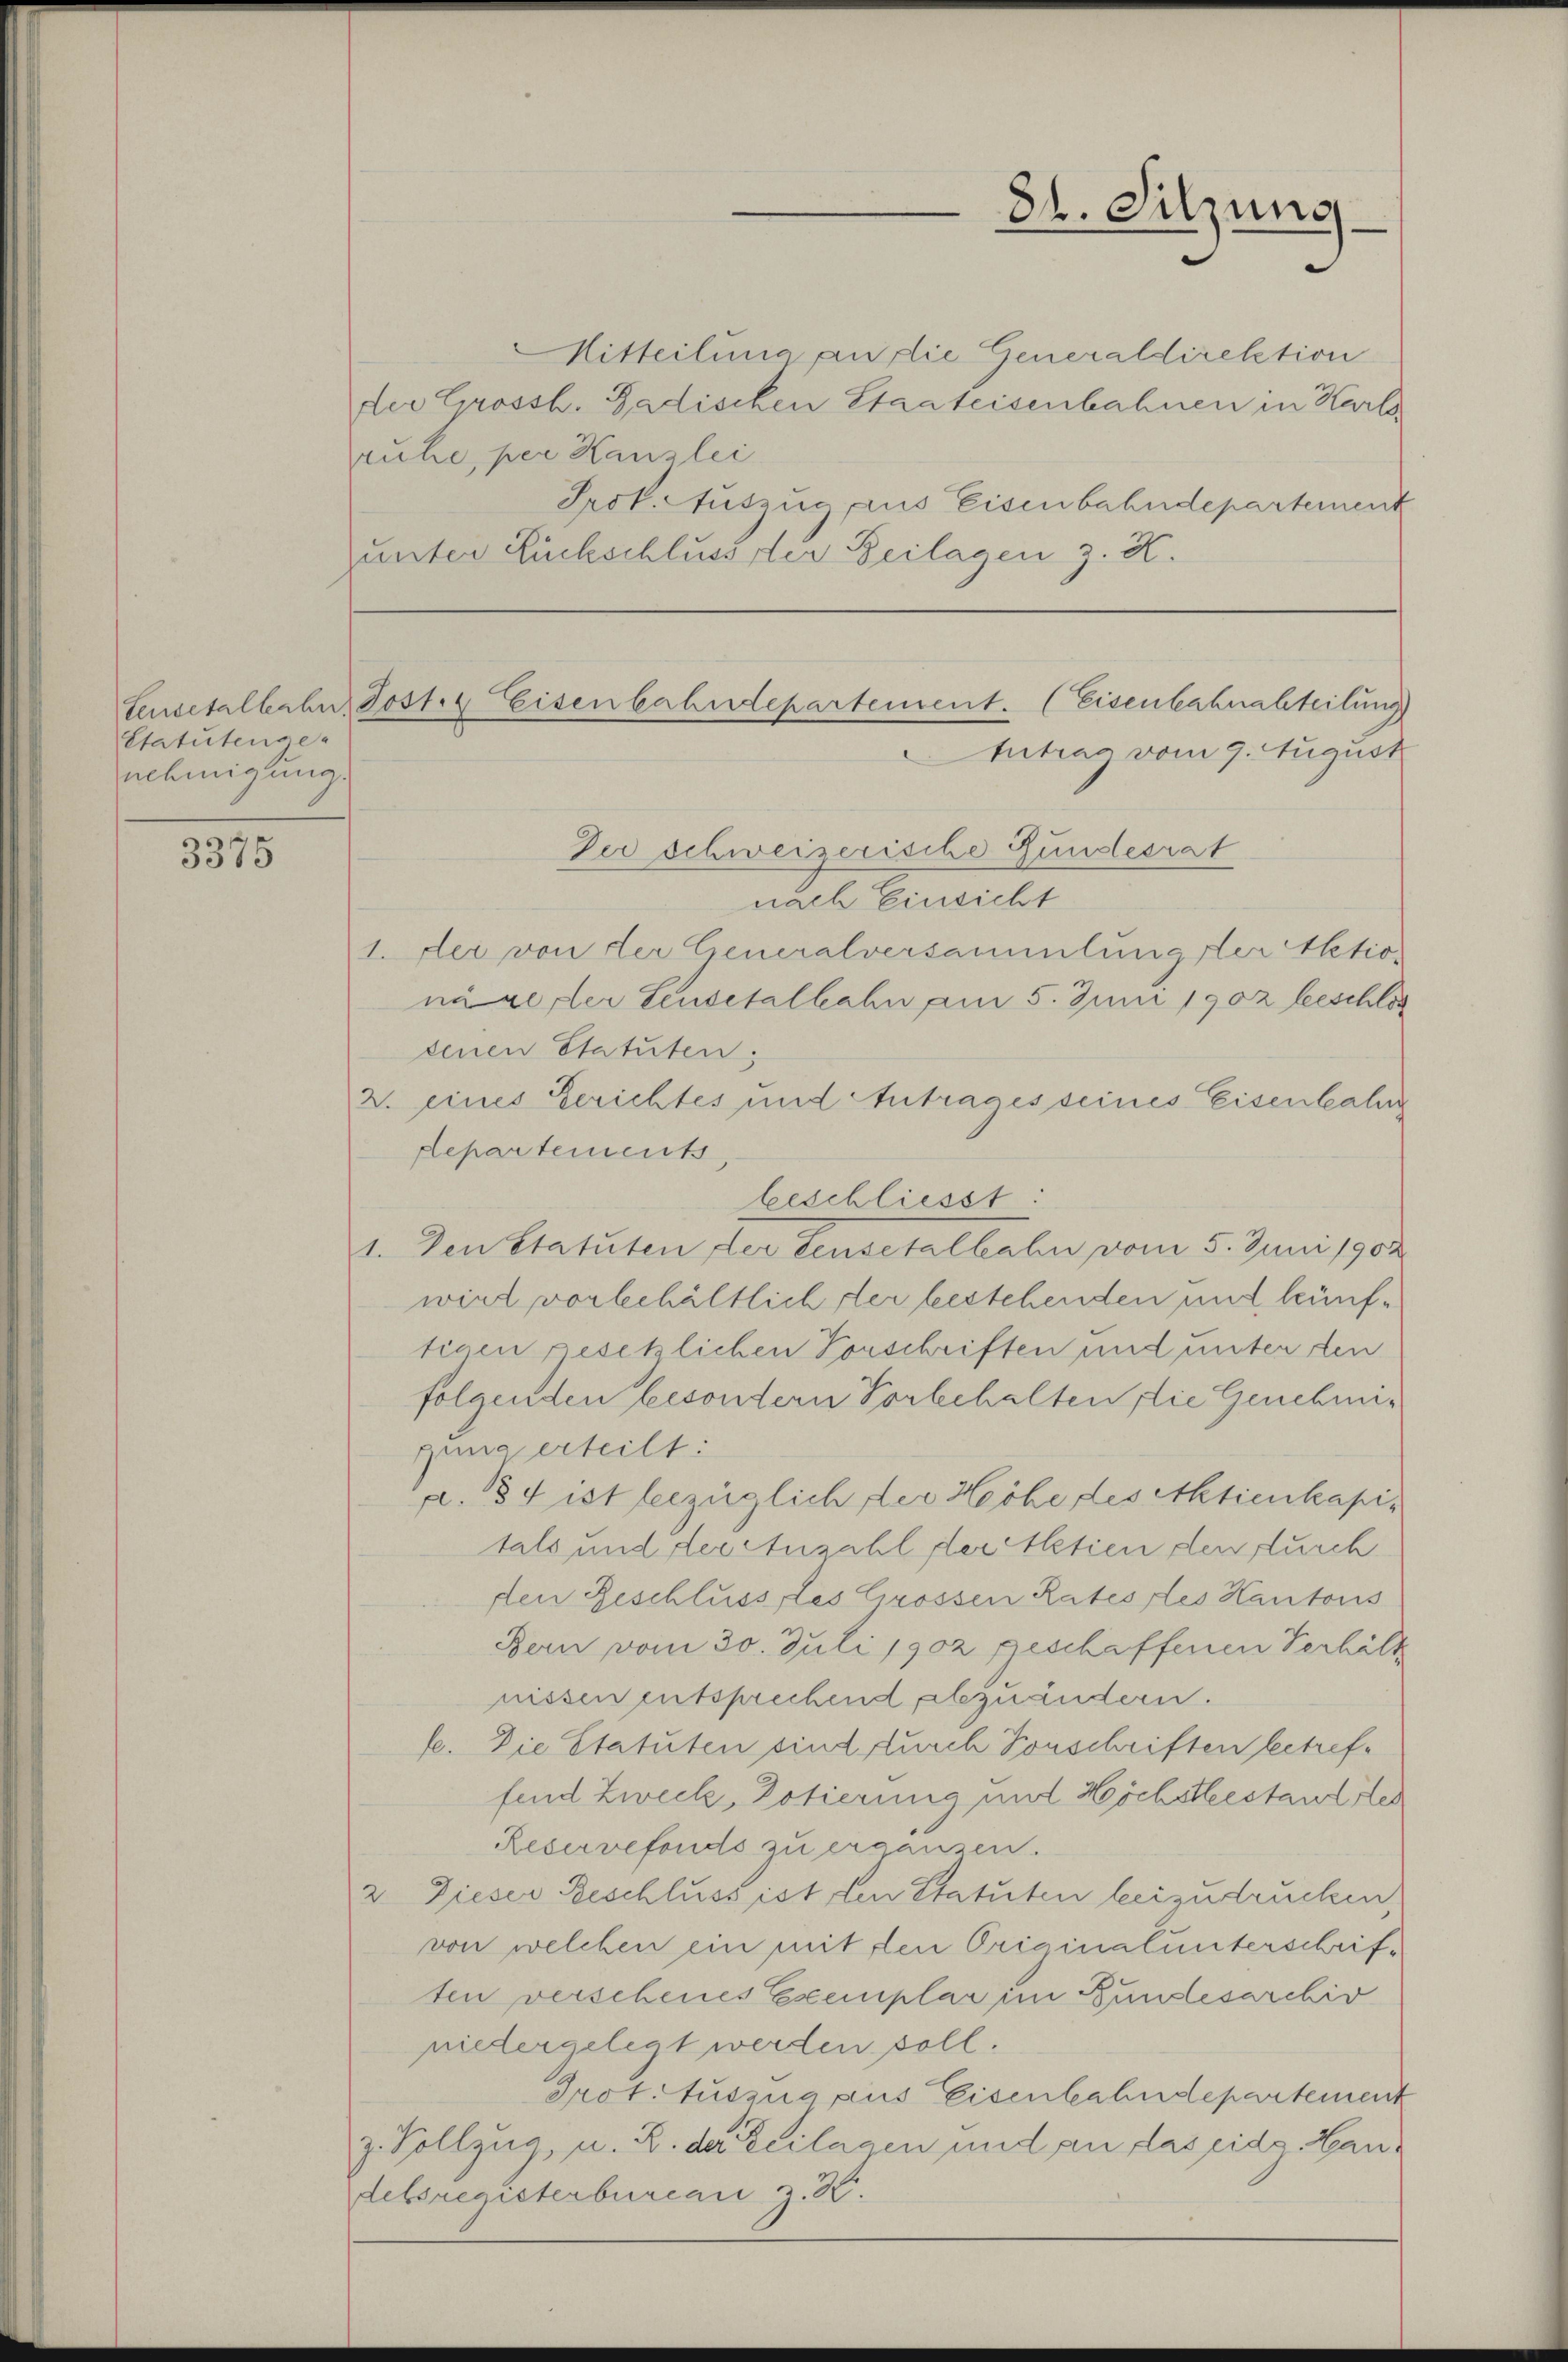
Statutense-
nehmigung.

3375

Mitteilung an die Generaldirektion
der Grossh. Badischen Staateisenbahnen in Karl
ruhe, per Kanzlei
Prok. Auszug aus Eisenbahndepartement
unter Rückschluss der Beilagen z. K.

Sensetalbahn, Jost 4 Eisenbahndepartement. (Eisenbahnabteilung
Antrag vom 9. August

84. Sitzung

Dei schweizerische Gundesrat
nach Einsicht
1. Der von der Generalversammlungster Aktioni refler Sensetalbahn am 5. Juni 1902 beschlos
senen Statuten:
2. eines Gerichtes und Antrages seines Eisenbahn
departements
beschliesst:
1. Den Statuten der Sensetalbahn vom 5. Juni 1902
wird vorbehältlich der bestehenden und künftigen gesetzlichen Vorschriften und unter den
folgenden besondern Vorbehalten die Genehmigung erteilt:
a. 84 ist bezüglich der Höhe des Aktienkapitals und der Anzahl der Aktien den durch
den Beschluss des Grossen Rates des Kantons
Bern vom 30. Juli 1902 geschaffenen Verhält
nissen entsprechend abzuändern.
fe. Die Statuten sind durch Vorschriften betreffend Zweck, Dotierung und Höchstestant der
Reservefonds zu ergänzen.
2. Dieser Beschluss ist den Statuten beizudrucken,
von welchen ein mit den Originalunterschriften verscheines Exemplar im Bundesarchiv
niedergelegt werden soll.
Prot. Auszug aus Eisenbahndepartement
z. Vollzug u. Z. der Beilagen und an das eide Handebsregisterburcar z. B.